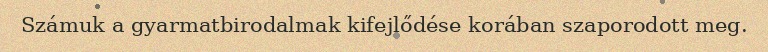
Számuk a gyarmatbirodalmak kifejlődése korában szaporodott meg.